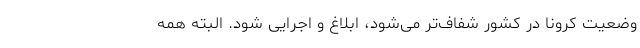
وضعیت کرونا در کشور شفاف‌تر می‌شود، ابلاغ و اجرایی شود. البته همه